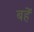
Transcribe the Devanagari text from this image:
बहें